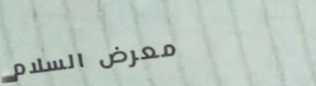
معرض السلام